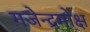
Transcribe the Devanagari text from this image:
गजेन्द्रमोक्ष